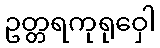
ဥတ္တရကုရုဝှေါ